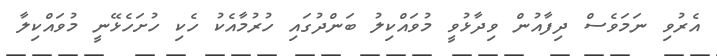
އެރުވި ނަމަވެސް ދިފާއުން ވިދާޅުވީ މުވައްކިލު ބަންދުގައި ހުރުމާއެކު ހެކި ހުށަހެޅޭނީ މުވައްކިލާ